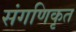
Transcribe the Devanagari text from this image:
संगणिकृत